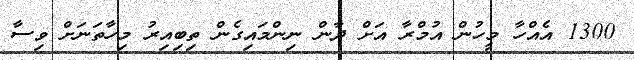
1300 އެއްހާ މީހުން އުމްރާ އަށް ދާން ނިންމައިގެން ތިބިއިރު މިހާތަނަށް ވިސާ